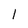
Character: 1